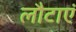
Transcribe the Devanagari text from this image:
लौटाएं